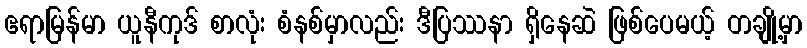
ဧရာမြန်မာ ယူနီကုဒ် စာလုံး စံနစ်မှာလည်း ဒီပြဿနာ ရှိနေဆဲ ဖြစ်ပေမယ့် တချို့မှာ